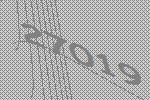
27019